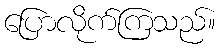
ပြောလိုက်ကြသည်။